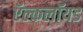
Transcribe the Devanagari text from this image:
ऍल्कलॉयड